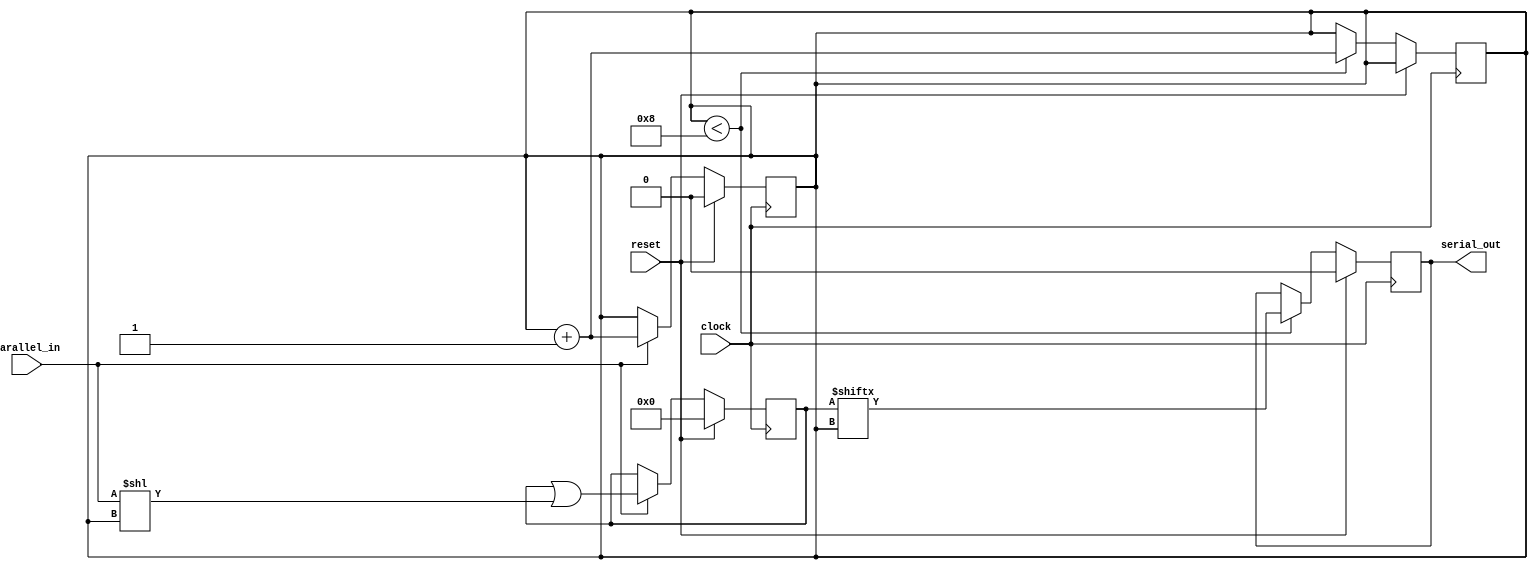
module parallel_in_serial_out_register (
    input wire clock,
    input wire reset,
    input wire parallel_in,
    output reg serial_out
);

reg [7:0] data;
reg counter;

always @(posedge clock) begin
    if (reset) begin
        data <= 8'b0;
        counter <= 0;
    end else begin
        if (parallel_in) begin
            data <= data | (parallel_in << counter);
            counter <= counter + 1;
        end
    end
end

always @(posedge clock) begin
    if (reset) begin
        serial_out <= 1'b0;
    end else begin
        if (counter < 8) begin
            serial_out <= data[counter];
            counter <= counter + 1;
        end
    end
end

endmodule